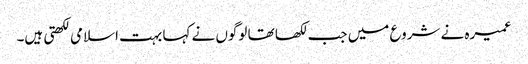
عمیرہ نے شروع میں جب لکھا تھا لوگوں نے کہا بہت اسلامی لکھتی ہیں۔